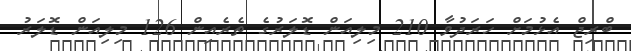
ބްރިޖް އެޅުމަށް ހަރަދުވާ 210 މިލިއަން ޑޮލަރުގެ ތެރެއިން 126 މިލިއަން ޑޮލަރު